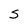
Character: S